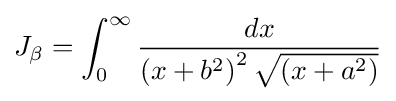
J_{\beta }=\int _{0}^{\infty }{\frac {dx}{\left(x+b^{2}\right)^{2}{\sqrt {\left(x+a^{2}\right)}}}}